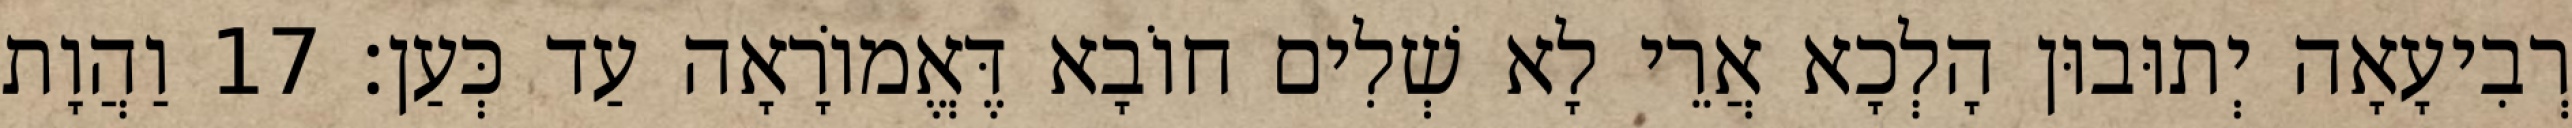
רְבִיעָאָה יְתוּבוּן הָלְכָא אֲרֵי לָא שְׁלִים חוֹבָא דֶּאֱמוֹרָאָה עַד כְּעַן׃ 17 וַהֲוָת